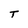
Character: T